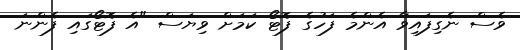
ވެސް ނެގިފައިވާ އެންމެ ފަހުގެ ފޮޓޯ ކަމަށް ވިޔަސް "އެ ފޮޓޯގައި ފެންނަ